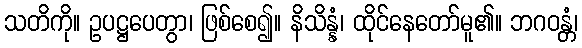
သတိကို။ ဥပဋ္ဌပေတွာ၊ ဖြစ်စေ၍။ နိသိန္နံ၊ ထိုင်နေတော်မူ၏။ ဘဂဝန္တံ၊